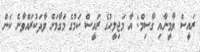
ރައީސް ޔާމީނާއި ގާސިމް: އާ މަޖިލީހުގެ ރައީސް ކަމުގެ މަގާމަށް ވާދަކުރައްވާނެ ކަން